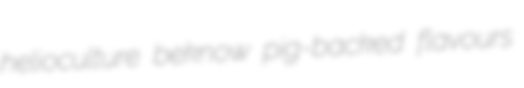
helioculture beknow pig-backed flavours